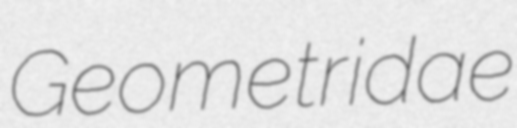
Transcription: Geometridae